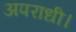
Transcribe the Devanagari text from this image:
अपराधी।